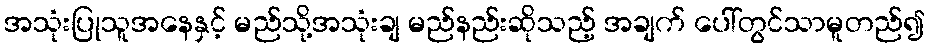
အသုံးပြုသူအနေနှင့် မည်သို့အသုံးချ မည်နည်းဆိုသည့် အချက် ပေါ်တွင်သာမူတည်၍